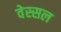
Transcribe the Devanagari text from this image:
वेस्सल